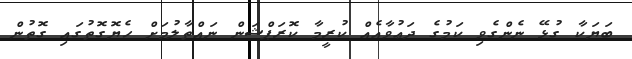
ބަޔަކާ ގުޅޭ ނެންގެވި ކަމުގެ ދަޢުވާއެއް ކުރީމާ ކޮރަޕްޝަން ނައްތާލުމަށް ހެޔޮގޮތުގައި ގޮތުން